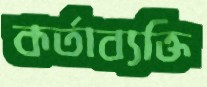
কর্তাব্যক্তি